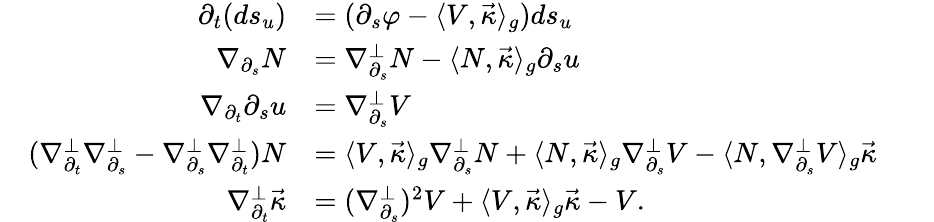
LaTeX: \begin{array}{rl}{\partial_{t}(ds_{u})}&{=(\partial_{s}\varphi-\langle V,\vec{\kappa}\rangle_{g})ds_{u}}\\ {\nabla_{\partial_{s}}N}&{=\nabla_{\partial_{s}}^{\perp}N-\langle N,\vec{\kappa}\rangle_{g}\partial_{s}u}\\ {\nabla_{\partial_{t}}\partial_{s}u}&{=\nabla_{\partial_{s}}^{\perp}V}\\ {\quad(\nabla_{\partial_{t}}^{\perp}\nabla_{\partial_{s}}^{\perp}-\nabla_{\partial_{s}}^{\perp}\nabla_{\partial_{t}}^{\perp})N}&{=\langle V,\vec{\kappa}\rangle_{g}\nabla_{\partial_{s}}^{\perp}N+\langle N,\vec{\kappa}\rangle_{g}\nabla_{\partial_{s}}^{\perp}V-\langle N,\nabla_{\partial_{s}}^{\perp}V\rangle_{g}\vec{\kappa}\qquad}\\ {\nabla_{\partial_{t}}^{\perp}\vec{\kappa}}&{=(\nabla_{\partial_{s}}^{\perp})^{2}V+\langle V,\vec{\kappa}\rangle_{g}\vec{\kappa}-V.}\end{array}